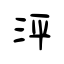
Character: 泙